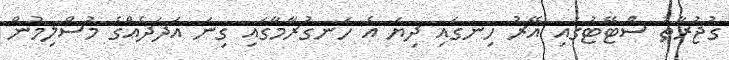
ގުޖުރާތު ސްޓޭޓުގައި އޭރު ހިނގައި ދިޔަ އެ ހަނގުރާމާގައި ގިނަ އަދަދެއްގެ މުސްލިމުން